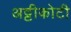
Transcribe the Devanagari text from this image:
अट्टीकोटी